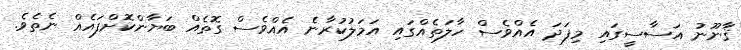
ޤާނޫނު އަސާސީގައި މިފަދަ އެއްވެސް ހާލަތެއްގައި އަމަލުކުރާނެ އެއްވެސް ގޮތެއް ބަޔާންކޮށްފައެއް ނެތެވެ.